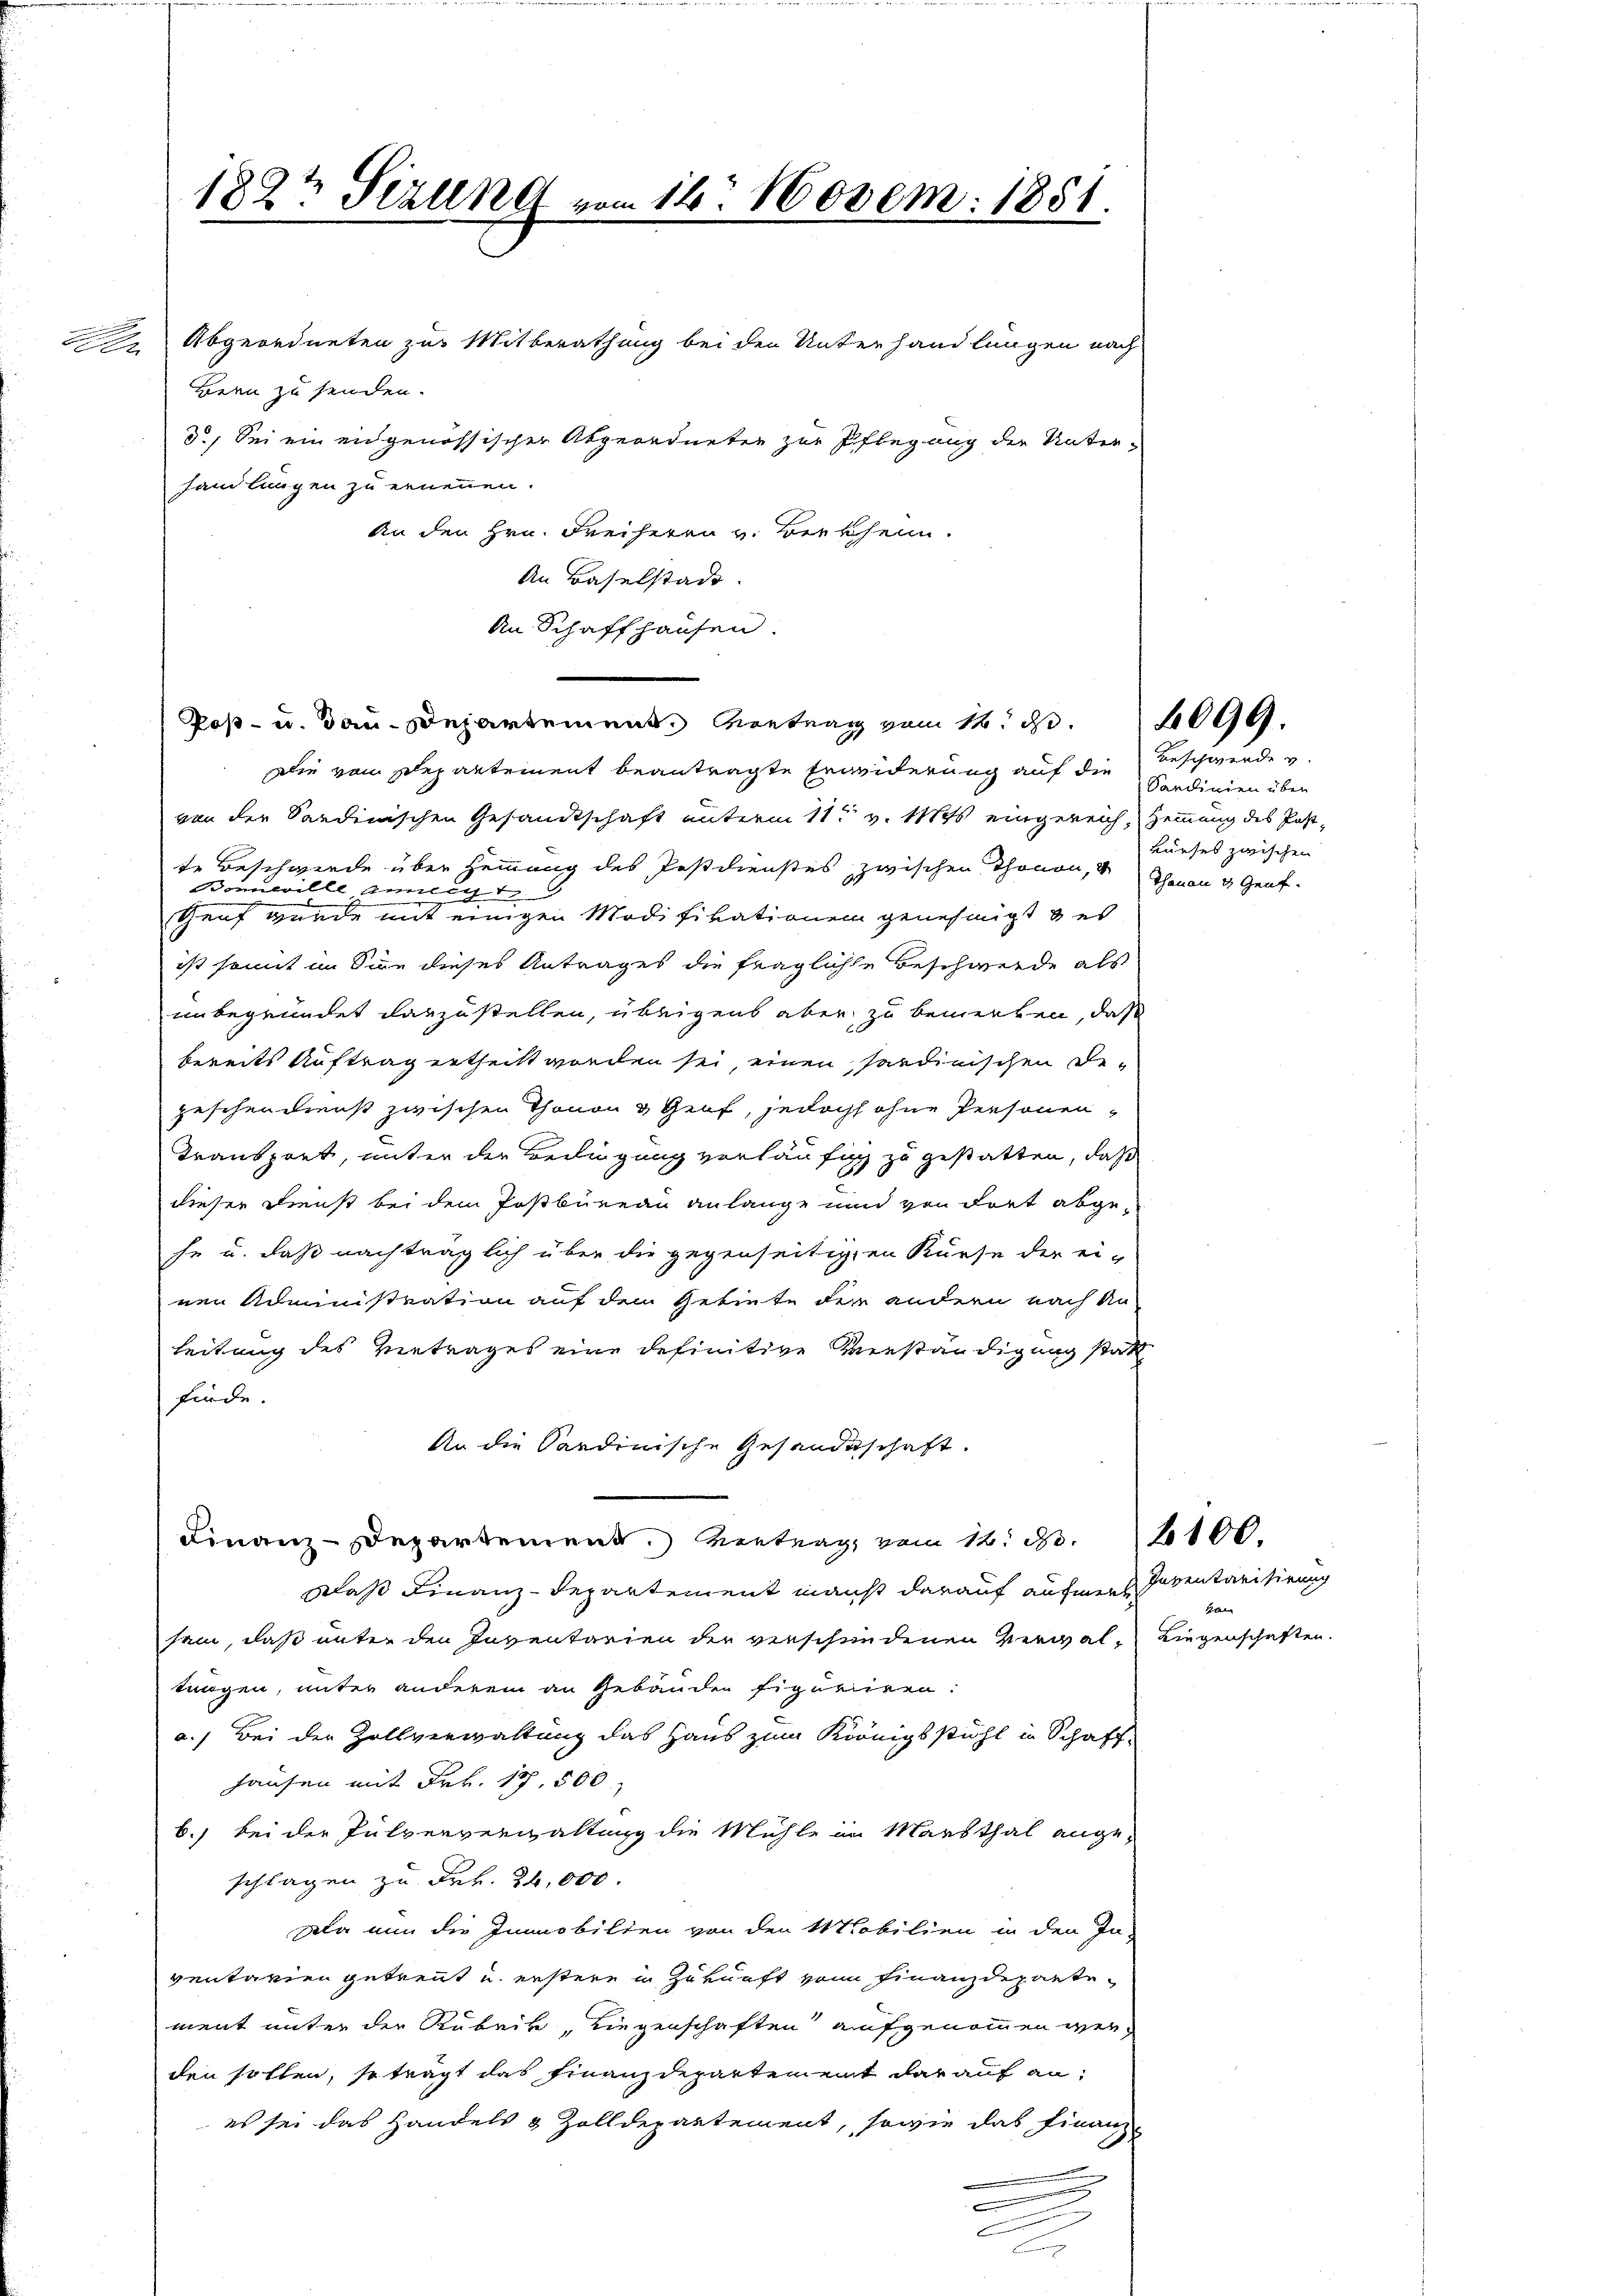
182 Sizung vom 16. Novem: 1851.

An Baselstadt.
An Schaffhausen.

Post- u. dau-Departement Vortrag vom 14. d. 1099.

Abgeordneten zur Mitberathung bei den Unterhandlungen nach
Bern zu senden.
3.) Sei ein eidgenössischer Abgeordneten zur Pflegung der Unter-
handlungen zu ernennen.
An den Hrn. Freiherrn v. Berkheim.

.

.

Die vom Departement beantragte Erneiderung auf die
von der Sardinischen Gesandtschaft unterm 11ten v. Mts. eingereich, Hemmung des Postte Beschwerde über Hemmung des Postdienstes zwischen Thonen, 4 Thanen 4 Genf.
nwille einigt
Genf wurde mit einigen Modifikationen genehmigt & es
ist somit im Sinn dieses Antrages die fragliche Beschwerde als
unbegründet darzustellen, übrigens aber zu bemerken, daß
bereits Auftrag ertheilt worden sei, einen serdinischen Degeschendienst zwischen Thonen & Genf, jedoch ohne Personen-
Transport, unter der Beilingung verläufig zu gestatten, daß
dieser Dienst bei dem Postbureau anlange und von dort abgehe u. daß nachträglich über die gegenseitigen Kurse der ei-
nen Administration auf dem Gebiete der andern nach An-
Leitung des Vertrages eine definitive Verständigung statt
finde.
An die Sardinische Gesandtschaft.
Finanz-Departement. Vertrag, vom 12. d. 2100.
Das Finanz-Departement manst darauf aufmerksam, daß unter den Inventarien der verschundenen Verwal-Liegenschaften.
tungen, unter anderem an Gebäuden figuriren.
a.) Bei der Zollverwaltung das Haus zum Königsstuhl in Schaff-
Hausen mit Frk. 17, 500
b.) bei der Pulververwaltung die Mühle im Markthal ange-
schlagen zu Frk. 26,000.
Da nun die Immobilien von den Mobilien in den In-
ventarien getrennt u. erstere in Zukunft vom Finanzdepartement unter der Rubrik, Liegenschaften aufgenommen werden sollen, so trägt das Finanzdepartement darauf anes sei das Handels & Zolldepartement, sowie das Finanze
e

Beschwerde v.
Sardinien über
kurses zwischen

Inventarisirung
b